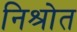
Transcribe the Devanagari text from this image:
निश्रोत